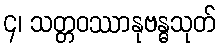
၄၊ သတ္တဝဿာနုဗန္ဓသုတ်